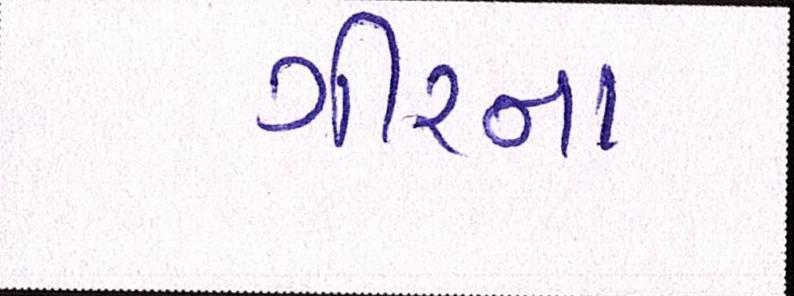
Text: ગીરના